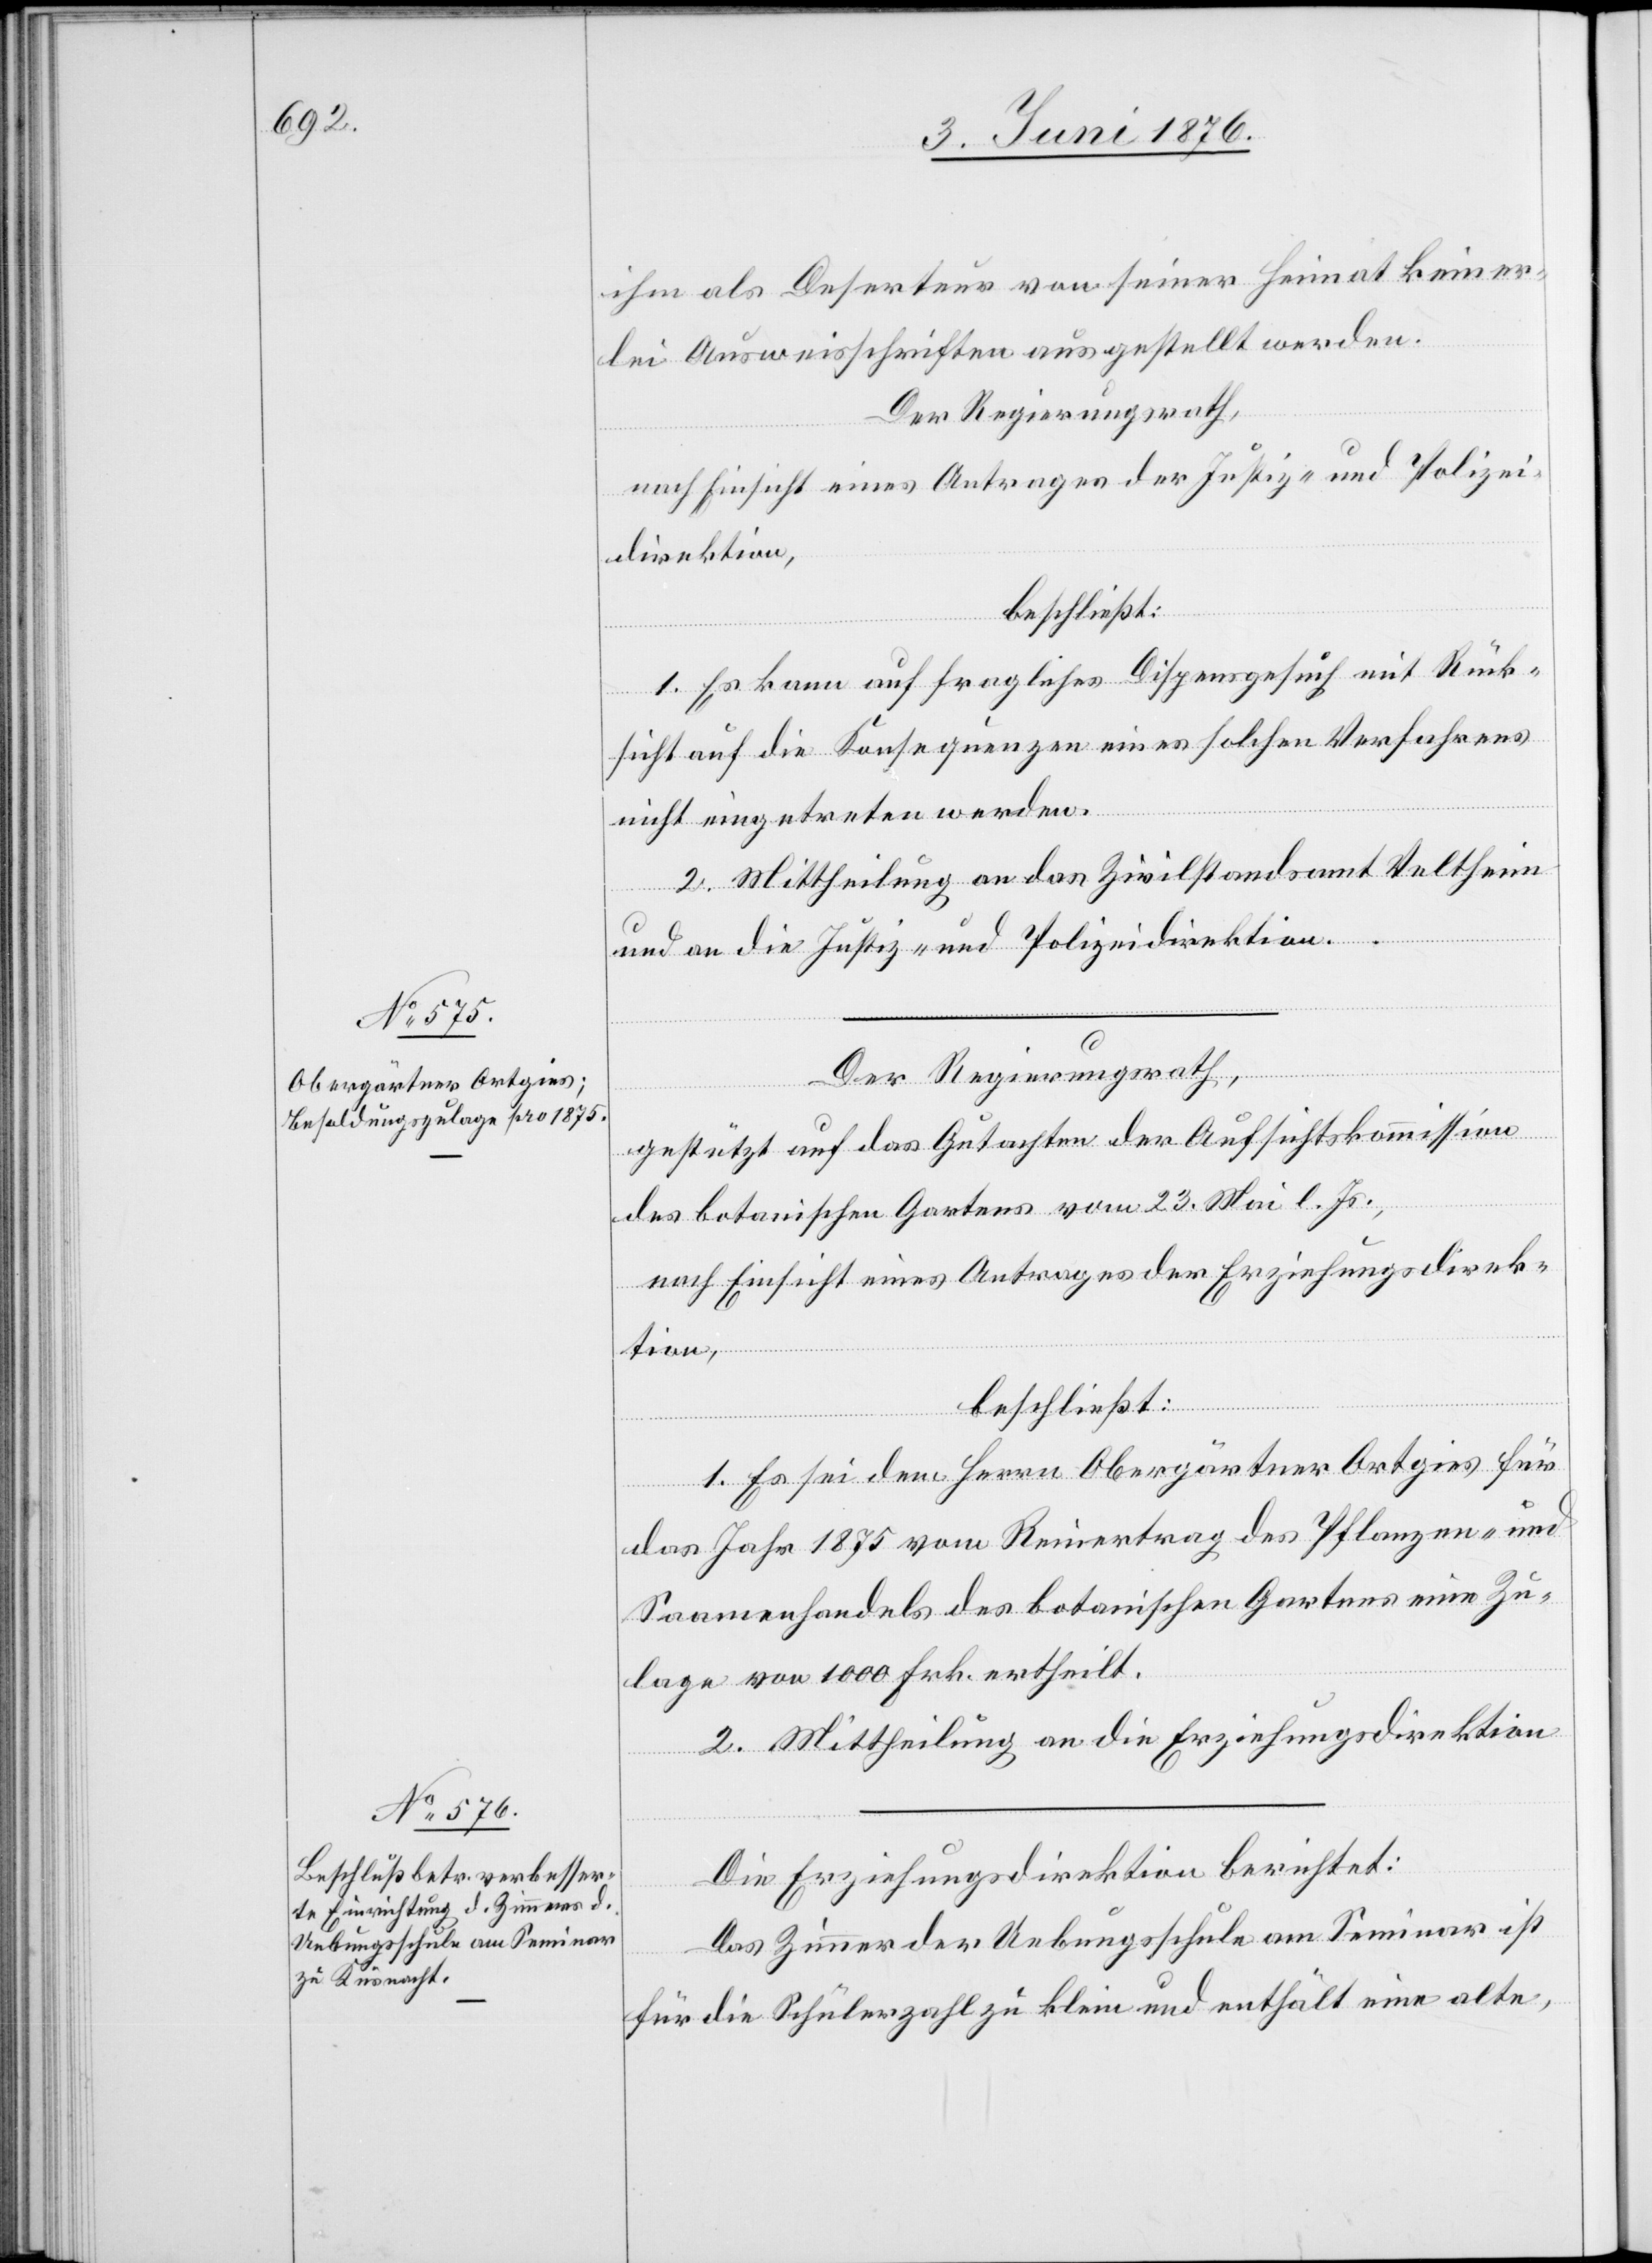
ihm als Deserteur von seiner Heimat keiner¬
lei Ausweisschriften ausgestellt werden.
Der Regierungsrath,
nach Einsicht eines Antrages der Justiz- und Polizei¬
direktion,
beschließt:
1. Es kann auf fragliches Dispensgesuch mit Rück¬
sicht auf die Konsequenzen eines solchen Verfahrens
nicht eingetreten werden.
2. Mittheilung an das Zivilstandsamt Veltheim
und an die Justiz- und Polizeidirektion.
Der Regierungsrath,
gestützt auf das Gutachten der Aufsichtskommission
des botanischen Gartens vom 23. Mai l. Js.,
nach Einsicht eines Antrages der Erziehungsdirek¬
tion,
beschließt:
1. Es sei dem Herrn Obergärtner Ortgies für
das Jahr 1875 vom Reinertrag des Pflanzen- und
Saamenhandels des botanischen Gartens eine Zu¬
lage von 1000 Frk. ertheilt.
2. Mittheilung an die Erziehungsdirektion.
Die Erziehungsdirektion berichtet:
Das Zimmer der Uebungsschule am Seminar ist
für die Schülerzahl zu klein und enthält eine alte,